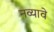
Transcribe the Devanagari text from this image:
नव्यावे